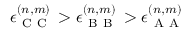
\epsilon _ { \mathrm { ~ C ~ C ~ } } ^ { ( n , m ) } > \epsilon _ { \mathrm { ~ B ~ B ~ } } ^ { ( n , m ) } > \epsilon _ { \mathrm { ~ A ~ A ~ } } ^ { ( n , m ) }